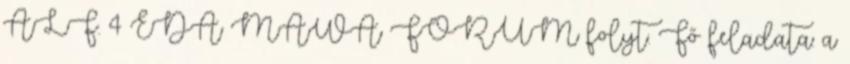
ÁLF. 4 EDA MAWA FORUM folyt. Fő feladata: a